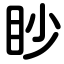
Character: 眇